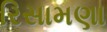
રિસામણા